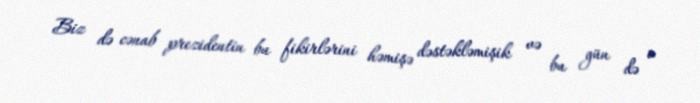
Biz də cənab prezidentin bu fikirlərini həmişə dəstəkləmişik və bu gün də o